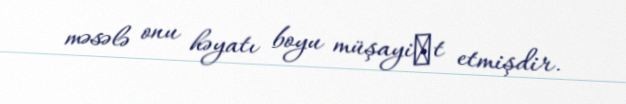
məsələ onu həyatı boyu müşayiәt etmişdir.